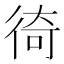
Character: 徛